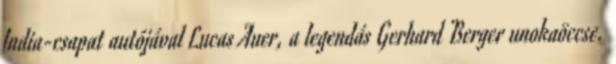
India-csapat autójával Lucas Auer, a legendás Gerhard Berger unokaöccse.